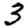
Digit: 3